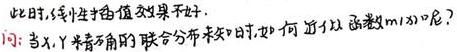
此时,线性插值效果不好.
问: 当 $X,Y$ 联合分布未知时,如何近似函数 $m(x)$ 呢?